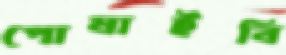
পোষাইবি